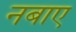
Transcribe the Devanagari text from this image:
नबाए